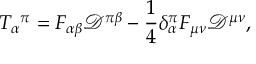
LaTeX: T _ { \alpha } { } ^ { \pi } = F _ { \alpha \beta } { \mathcal { D } } ^ { \pi \beta } - { \frac { 1 } { 4 } } \delta _ { \alpha } ^ { \pi } F _ { \mu \nu } { \mathcal { D } } ^ { \mu \nu } ,